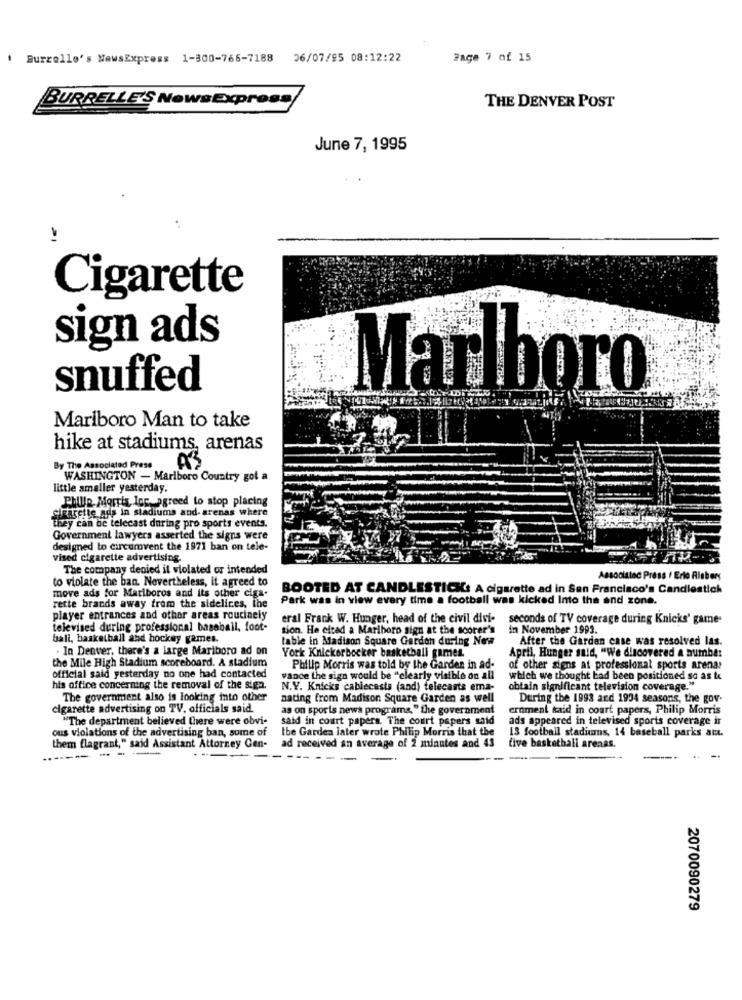
.
Burrello's NewsExpress 1-300-766-7188
36/07/95 08:12:22
Page 7 of 15
BURRELLE'S NowsExpress
THE DENVER POST
June 7, 1995
Cigarette
sign ads
snuffed
Marlboro
Marlboro Man to take
hike at stadiums, arenas
By The Associated Press
AS
WASHINGTON - Marlboro Country got a
little amaller yesterday.
Philip Morris, Igp agreed to stop placing
cigarette aos in stadiums and- arenas where
they can be telecast during pro sports events.
Government lawyers asserted the signs were
designed to circumvent the 1971 ban on tele-
vised cigarette advertising.
The company denied il violated or intended
to violate the ban. Nevertheless, it agreed to
Aescolatac Press / Erto Risbers
BOOTED AT CANDLESTICK: A cigarette ad in San Francisco's Candlestick
rette brands away from the sidelices, the
move ads for Mariboros and its other ciga-
Park was in view every time a football was kicked Into the and zone.
player entrances and other areas routinely
eral Frank W. Hunger, head of the civil divi-
seconds of TV coverage during Knicks' game-
televised during professional baseball, foot-
tion. He cited a Marlboro sign at the scorer's
in November 1993.
bali, basketball ahd hockey games.
table in Madison Square Garden during New
After the Garden case was resolved las.
. In Denver, there's a large Mariboro ad on
April, Hunger said, "We discovered a number
the Mile High Stadium scoreboard. A stadium
York Knickerbocker basketball games.
Philip Morris was told by the Garden in ad-
of other signs at professional sports arena?
official said yesterday no one had contacted
vance the sign would be "clearly visible on all
which we thought bad been positioned so as to
his office concerning the removal of the sign.
N.Y. Knicks cablecesta (and) telecasts ema-
obtain significant television coverage."
The government also is looking into other
nating from Madison Square Garden as well
During the 1993 and 1934 seasons, the gov
cigarette advertising on TV. officials said.
as on sports news programs," the government
ernment said in court papers, Philip Morris
"The department believed there were obvi-
said in court papers. The court papers said
ads appeared in televised sports coverage ir
ous violations of the advertising ban, some of
the Garden later wrote Philip Morris that the
13 football stadiums, 14 baseball parks att.
-------
them flagrant," said Assistant Attorney Cen-
ad received an average of 2 minutes and 43
five basketball arenas.
2070090279